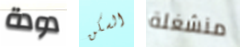
دودة السكن منشغلة